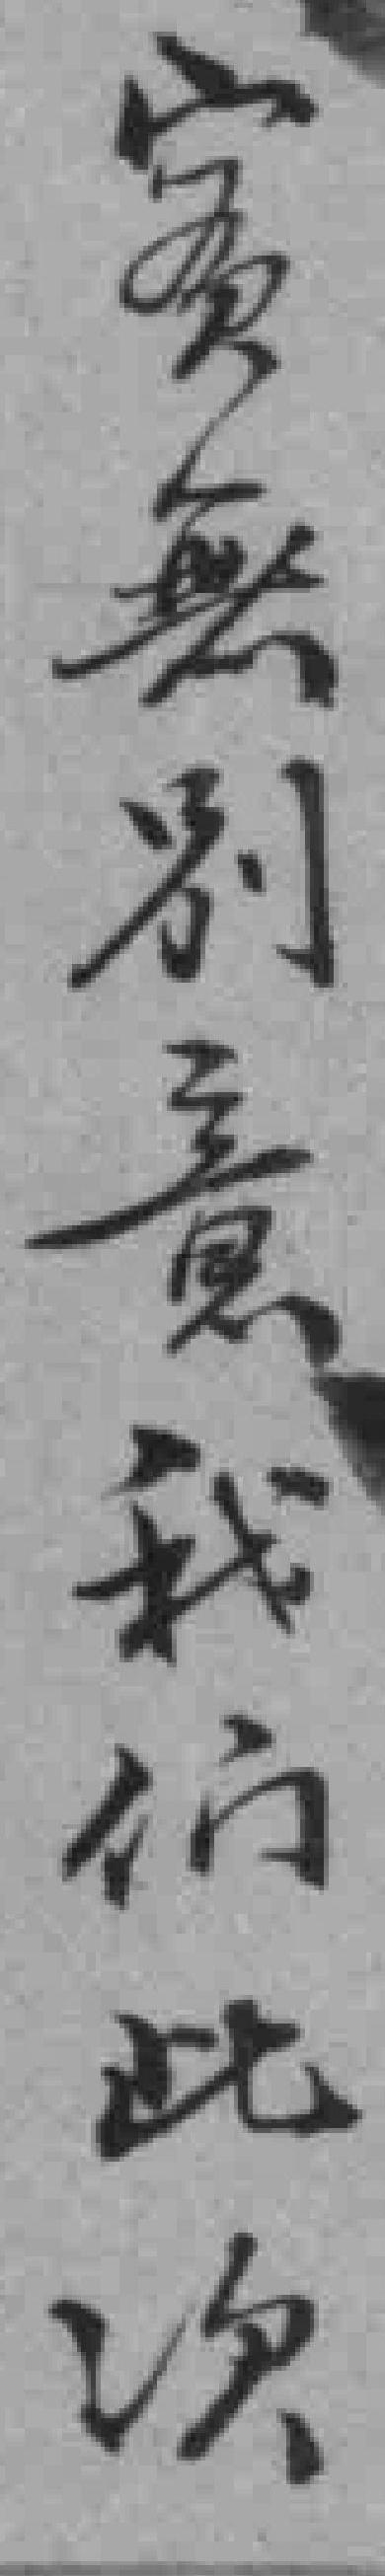
實無別意我们此次